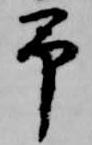
予